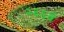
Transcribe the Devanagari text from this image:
२६६वें